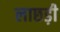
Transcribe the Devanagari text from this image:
लाछड़ी